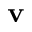
\mathbf { v }